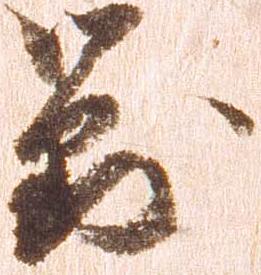
対